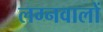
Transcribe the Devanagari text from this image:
लग्नवालों